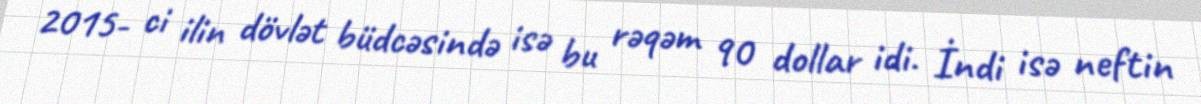
2015- ci ilin dövlət büdcəsində isə bu rəqəm 90 dollar idi. İndi isə neftin